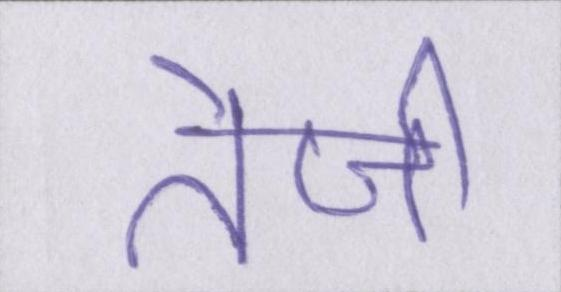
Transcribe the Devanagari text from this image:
तेजी